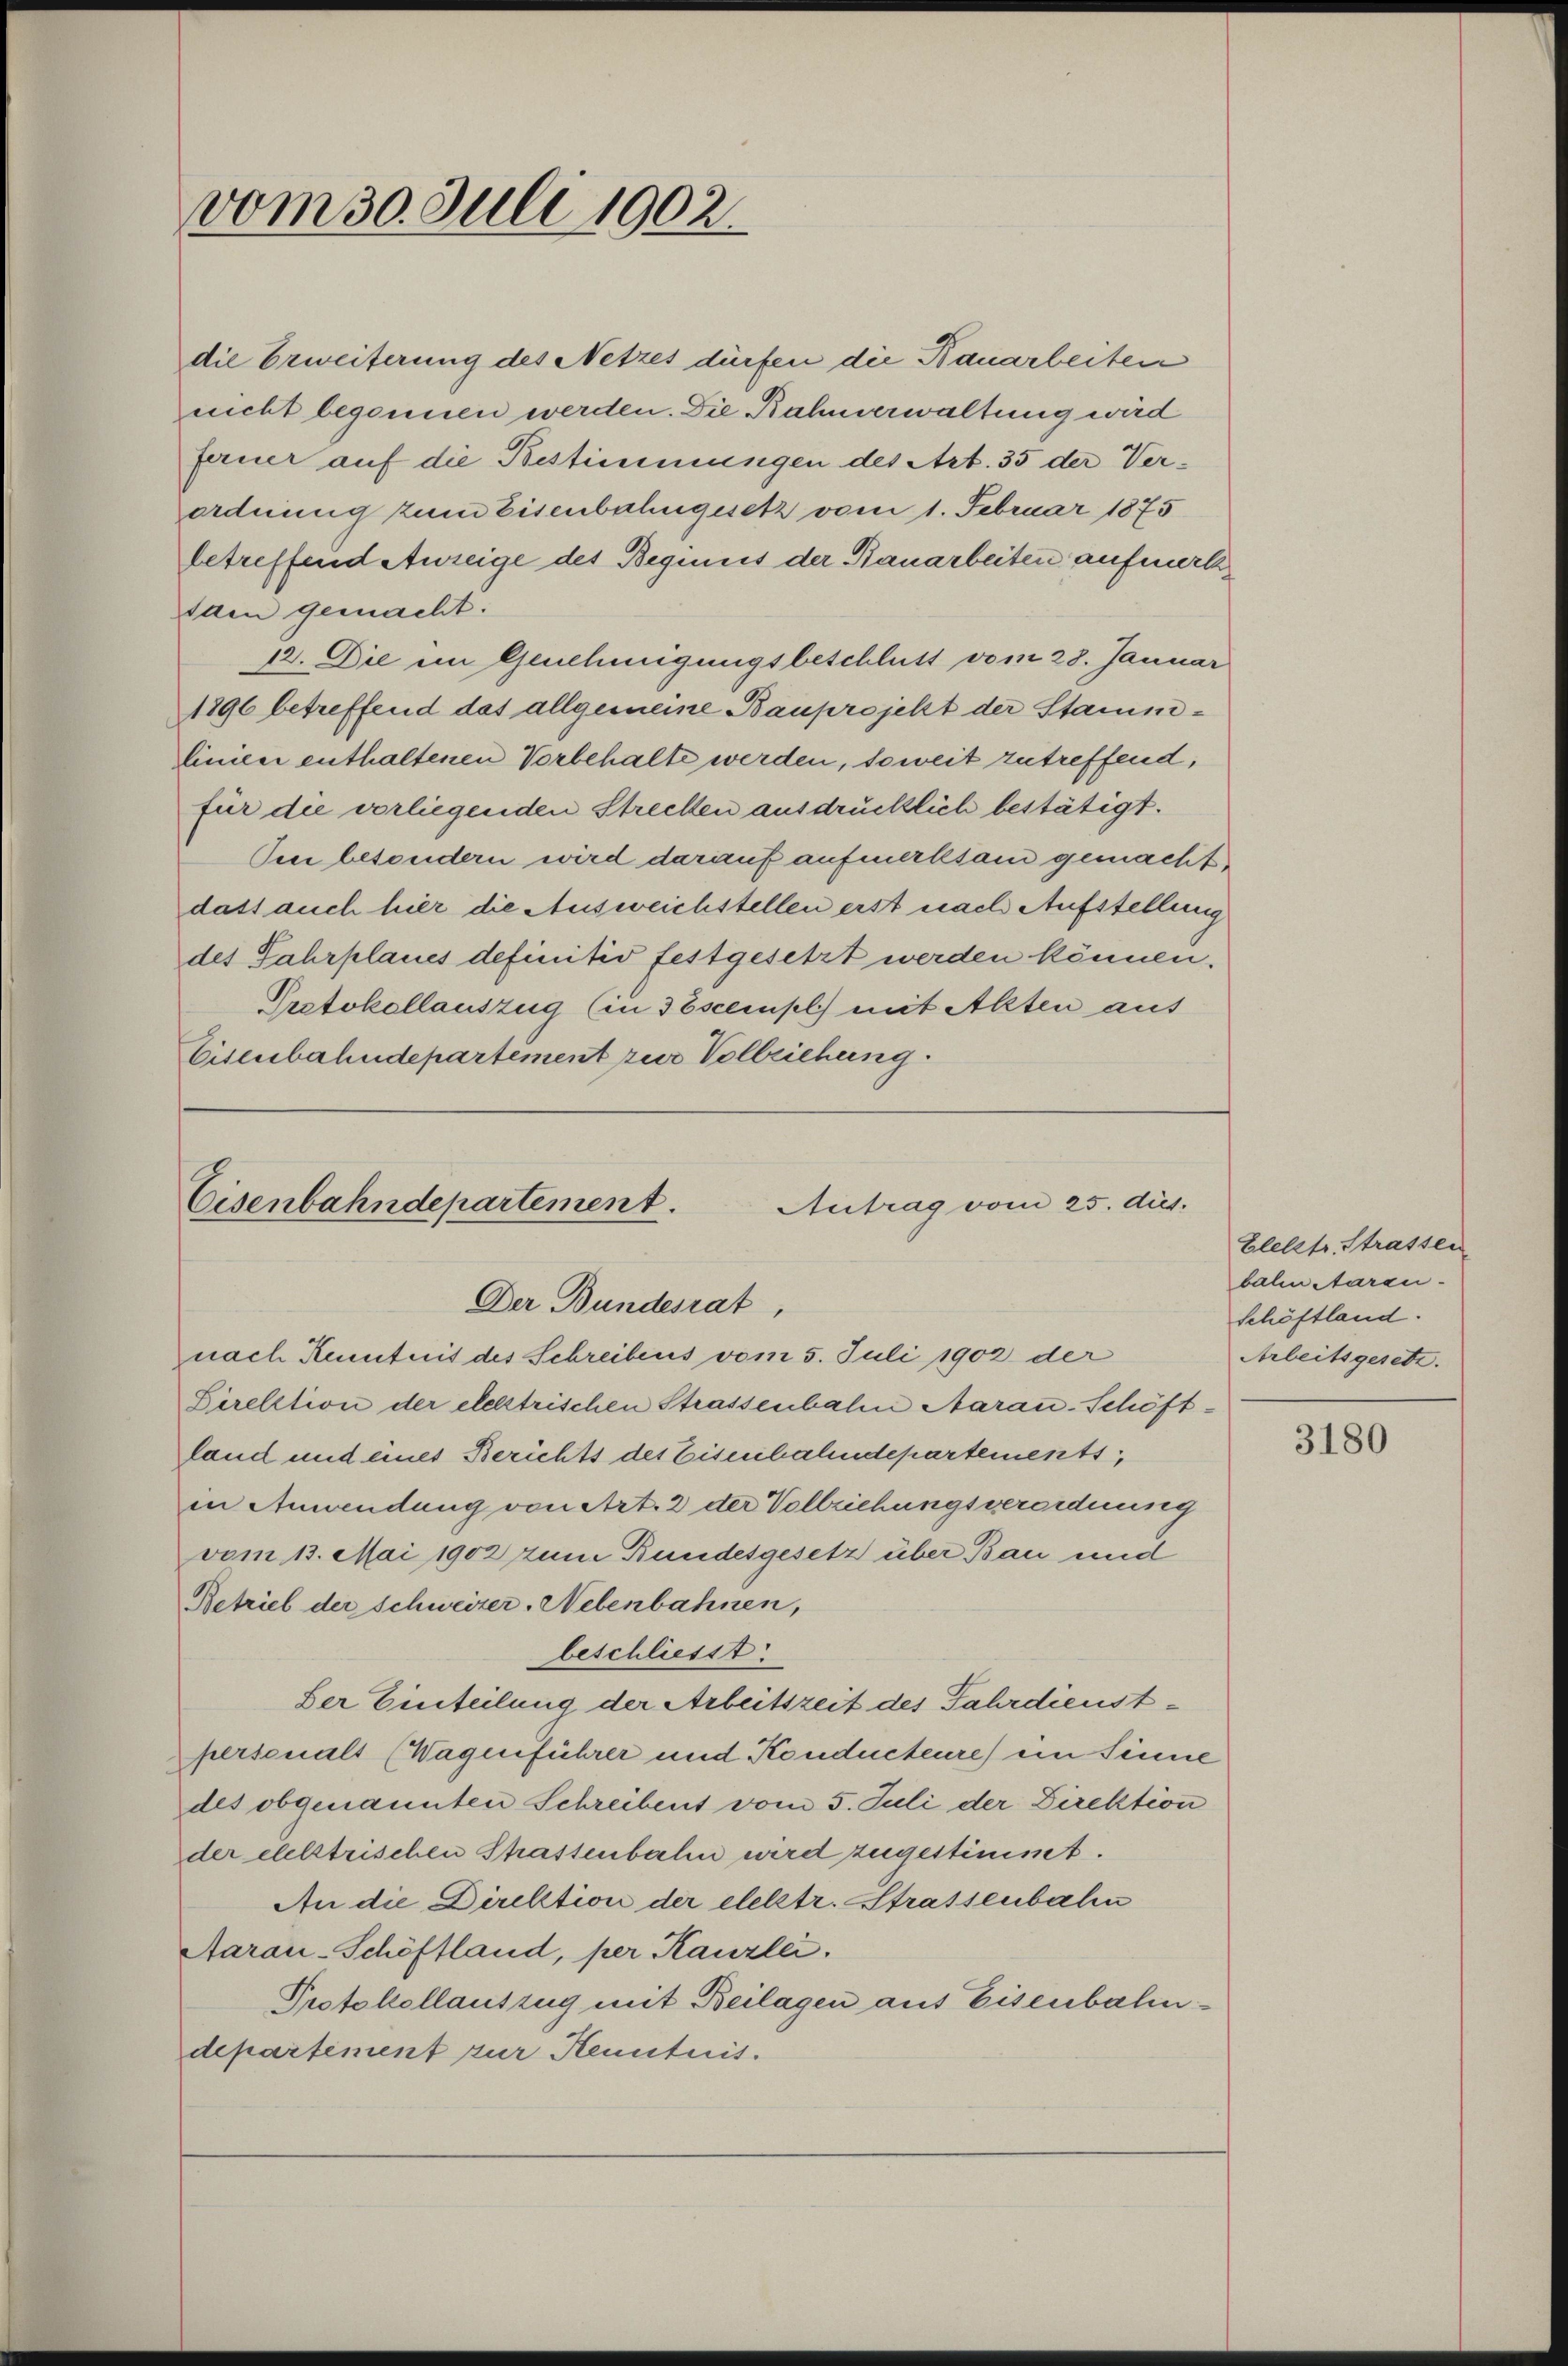
vom 30. Juli 1902.

ordnung zum Eisenbahngesetz vom 1. Februar 1875
betreffend Anzeige des Beginis der Bauarbeiten aufmerk¬
Iden gemacht.
12. Die im Genehmigungsbeschluss vom 28. Januar
1896 betreffend das allgemeine Bauprojekt der Stamm-
linien enthaltenen Vorbehalte werden, soweit zutreffend,
für die vorliegenden Strecken ausdrücklich bestätigt.
Den besondern wird darauf aufmerksam gemacht,
dass auch hier die Ausweichstellen erst nach Aufstellung
des Jahrplaues definitiv festgesetzt werden können.
Protokollauszug (in descempl) mit Alten aus
Eisenbahndepartement zur Vollziehung.

Antrag vom 25. dus.
Eisenbahndepartement.
Der Bundesrat,
nach Kenntnis des Schreibens vom 5. Juli 1902 der

Direktion der elektrischen Strassenbalen Aarau-Schöftland und eines Berichts des Eisenbahndepartements
in Anwendung von Art. 2 der Vollziehungsverordnung
vom 13. Mai 1902 zum Bundesgesetz über Bau und
Betriel der Schweizer. Nebenbahnen,
beschliesst
Der Einteilung der Arbeitszeit des Fahrdienstpersonalt (Wagenführer und Konducteure ein Sinne
des obgenannten Schreibent vom 5. Juli der Direktion
der elelstrischen Strassenbahn wird zugestimmt.
An die Direktion der elelstr. Strassenbahn
Aarau-Schöffland, per Kanzlei.
Protokollauszug mit Beilagen aus Eisenbahndepartiment zur Kenntnis.

die Erweiterung des Netzes dürfen die Bauarbeiten
nicht begonnen werden. Die Rahmerwaltung wird
ferner auf die Bestimmungen des Art. 35 der Ver¬

Elelstr. Strassen
balin Aaren-
Schöftland.
Arbeitsgesetz.

3180